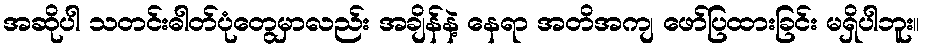
အဆိုပါ သတင်းဓါတ်ပုံတွေမှာလည်း အချိန်နဲ့ နေရာ အတိအကျ ဖော်ပြထားခြင်း မရှိပါဘူး။